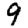
Digit: 9